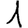
Digit: 1